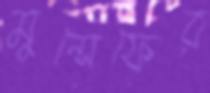
মুন্সেফের